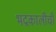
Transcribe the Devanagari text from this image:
भद्रकालीची